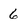
Character: 6